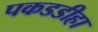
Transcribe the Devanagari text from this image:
पकडडीहा